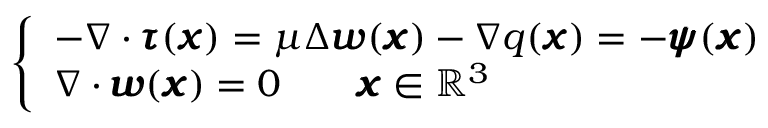
\left\{ \begin{array} { l l } { - \nabla \cdot { \pmb \tau } ( { \pmb x } ) = \mu \Delta { \pmb w } ( { \pmb x } ) - \nabla q ( { \pmb x } ) = - { \pmb \psi } ( { \pmb x } ) } \\ { \nabla \cdot { \pmb w } ( { \pmb x } ) = 0 \qquad { { \pmb x } \in \mathbb { R } ^ { 3 } } } \end{array} \right.